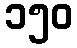
၁၅၀